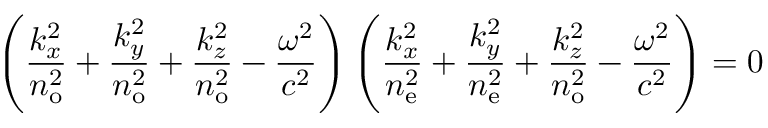
\left( { \frac { k _ { x } ^ { 2 } } { n _ { \mathrm { o } } ^ { 2 } } } + { \frac { k _ { y } ^ { 2 } } { n _ { \mathrm { o } } ^ { 2 } } } + { \frac { k _ { z } ^ { 2 } } { n _ { \mathrm { o } } ^ { 2 } } } - { \frac { \omega ^ { 2 } } { c ^ { 2 } } } \right) \left( { \frac { k _ { x } ^ { 2 } } { n _ { \mathrm { e } } ^ { 2 } } } + { \frac { k _ { y } ^ { 2 } } { n _ { \mathrm { e } } ^ { 2 } } } + { \frac { k _ { z } ^ { 2 } } { n _ { \mathrm { o } } ^ { 2 } } } - { \frac { \omega ^ { 2 } } { c ^ { 2 } } } \right) = 0